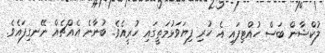
ލުކްޝާން ބަސް ހުއްޓިފައި އެ ހުރި ފިޔަވަޅުމަތީގައި ހުރީއެވެ. ބުނާނެ އެއްޗެއް ނޭނގިފައެވެ.